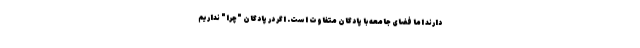
دارند اما فضای جامعه با پادگان متفاوت است. اگر در پادگان "چرا" نداریم